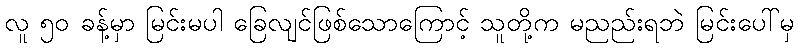
လူ ၅၀ ခန့်မှာ မြင်းမပါ ခြေလျင်ဖြစ်သောကြောင့် သူတို့က မညည်းရဘဲ မြင်းပေါ်မှ